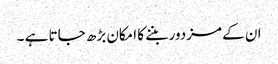
ان کے مزدور بننے کا امکان بڑھ جاتا ہے ۔